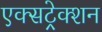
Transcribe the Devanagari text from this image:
एक्सट्रेक्शन